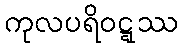
ကုလပရိဝဋ္ဋဿ